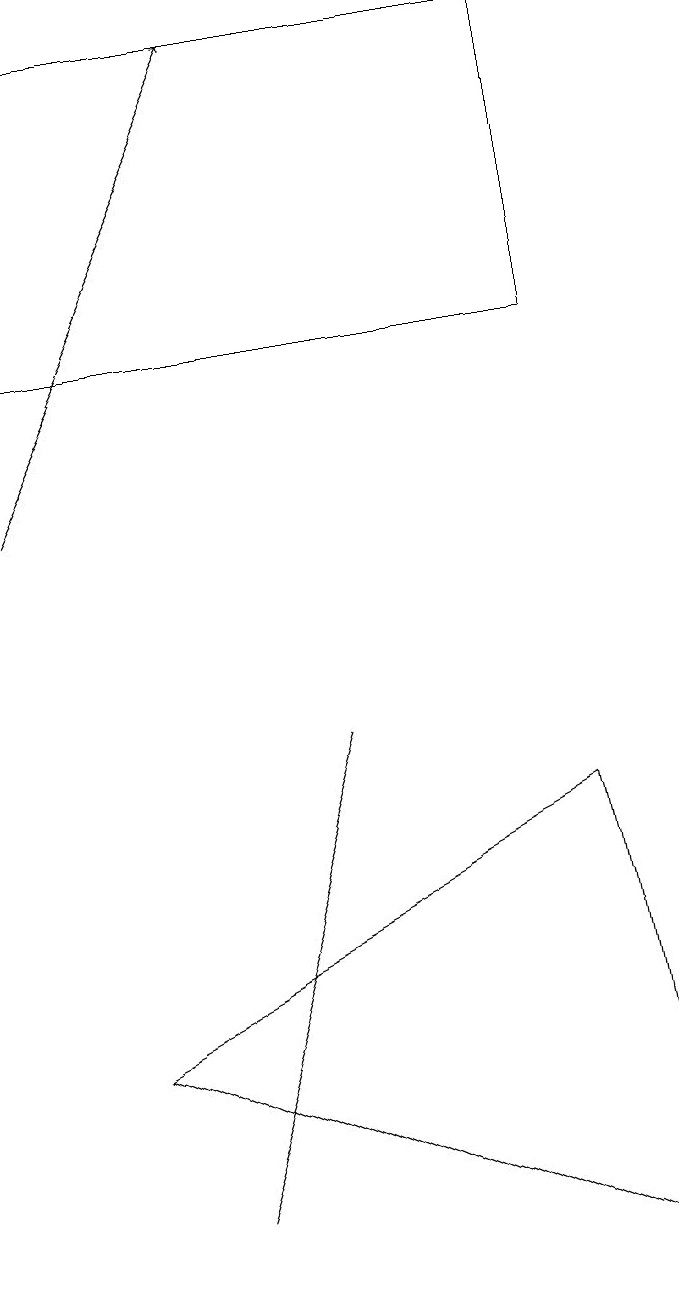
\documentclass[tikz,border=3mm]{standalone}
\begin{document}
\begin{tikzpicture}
\draw (0,12) rectangle (7,16);
\draw (2,1) -- (4,7) -- (2,1) -- cycle;
\draw (7,6) -- (8,0) -- (1,3) -- cycle;
\draw[->] (0,10) -- (3,16);
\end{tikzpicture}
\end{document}